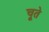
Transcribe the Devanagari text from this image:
चूते